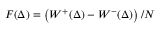
F ( \Delta ) = \left( W ^ { + } ( \Delta ) - W ^ { - } ( \Delta ) \right) / N